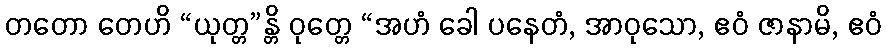
တတော တေဟိ “ယုတ္တ”န္တိ ဝုတ္တေ “အဟံ ခေါ ပနေတံ, အာဝုသော, ဧဝံ ဇာနာမိ, ဧဝံ